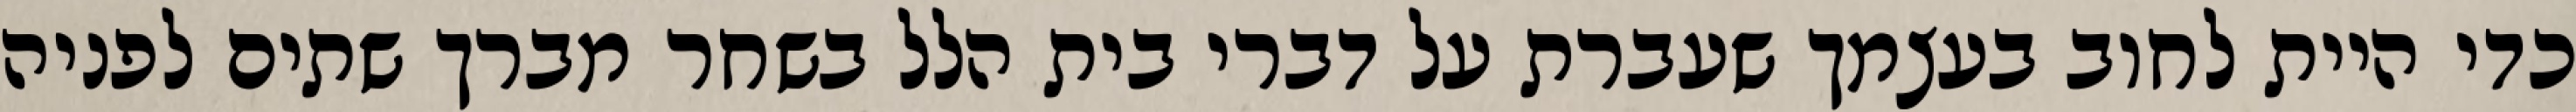
כדי היית לחוב בעצמך שעברת על דברי בית הלל בשחר מברך שתים לפניה